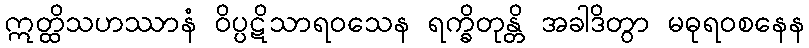
ဣတ္ထိသဟဿာနံ ဝိပ္ပဋိသာရဝသေန ရက္ခိတုန္တိ အခါဒိတွာ မဓုရဝစနေန